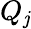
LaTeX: Q_{\mathit{j}}